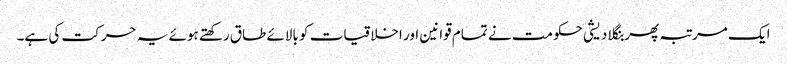
ایک مرتبہ پھر بنگلا دیشی حکومت نے تمام قوانین اور اخلاقیات کو بالائے طاق رکھتے ہوئے یہ حرکت کی ہے۔